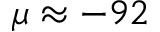
\mu \approx - 9 2